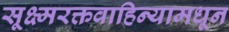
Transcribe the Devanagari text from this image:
सूक्ष्मरक्तवाहिन्यामधून